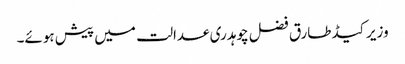
وزیر کیڈ طارق فضل چوہدری عدالت میں پیش ہوئے۔